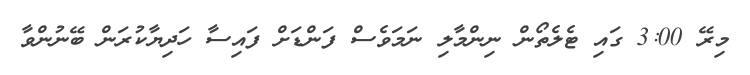
މިރޭ 3:00 ގައި ޓެލެތޯން ނިންމާލި ނަމަވެސް ފަންޑަށް ފައިސާ ހަދިޔާކުރަން ބޭނުންވާ